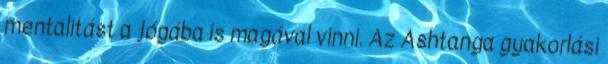
mentalitást a jógába is magával vinni. Az Ashtanga gyakorlási